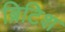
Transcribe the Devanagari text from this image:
ब्रिटिश